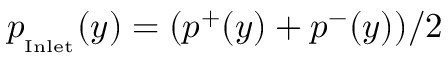
p _ { _ \mathrm { I n l e t } } ( y ) = ( p ^ { + } ( y ) + p ^ { - } ( y ) ) / 2